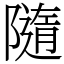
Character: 隨